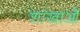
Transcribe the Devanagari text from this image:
शांखाओं